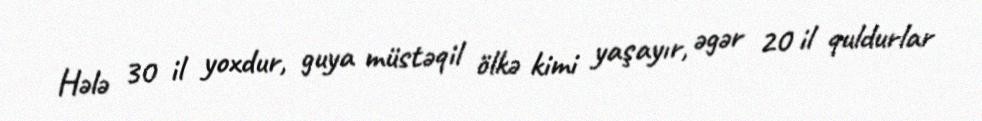
Hələ 30 il yoxdur, guya müstəqil ölkə kimi yaşayır, əgər 20 il quldurlar